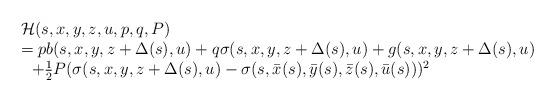
LaTeX: \begin{align*}\begin{array}[c]{ll}&\mathcal{H}(s,x,y,z,u,p,q,P)\\&= pb(s,x,y,z+\Delta(s),u)+q\sigma(s,x,y,z+\Delta(s),u) +g(s,x,y,z+\Delta(s),u)\\&\ \ +\frac{1}{2}P(\sigma(s,x,y,z+\Delta(s),u)-\sigma(s,\bar{x}(s),\bar{y}(s),\bar{z}(s),\bar{u}(s)))^{2}\,\end{array}\end{align*}